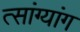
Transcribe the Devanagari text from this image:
त्सांग्यांग